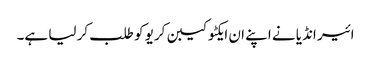
ائیر انڈیا نے اپنے ان ایکٹو کیبن کریو کو طلب کر لیا ہے۔